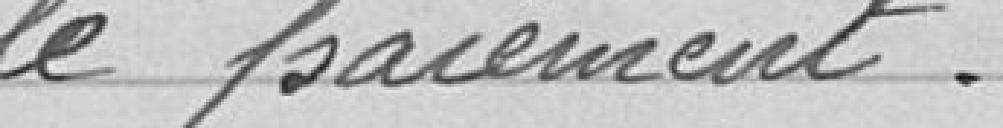
le paiement.